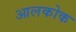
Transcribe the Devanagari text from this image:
आलकोक